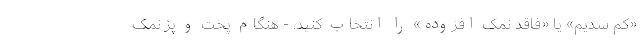
«کم سدیم» یا «فاقد نمک افزوده» را انتخاب کنید. - هنگام پخت و پز نمک